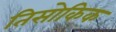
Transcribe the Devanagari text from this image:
तिसोकिक